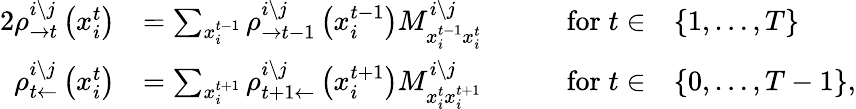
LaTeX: \begin{array}{rlrl}{{2}\rho_{\rightarrow t}^{i\setminus j}\left(x_{i}^{t}\right)}&{=\sum_{x_{i}^{t-1}}\rho_{\rightarrow t-1}^{i\setminus j}\left(x_{i}^{t-1}\right)M_{x_{i}^{t-1}x_{i}^{t}}^{i\setminus j}}&{\qquad\mathrm{for}\; t\in}&{\{ 1,\ldots,T\} }\\ {\rho_{t\leftarrow}^{i\setminus j}\left(x_{i}^{t}\right)}&{=\sum_{x_{i}^{t+1}}\rho_{t+1\leftarrow}^{i\setminus j}\left(x_{i}^{t+1}\right)M_{x_{i}^{t}x_{i}^{t+1}}^{i\setminus j}}&{\qquad\mathrm{for}\; t\in}&{\{ 0,\ldots,T-1\} ,}\end{array}